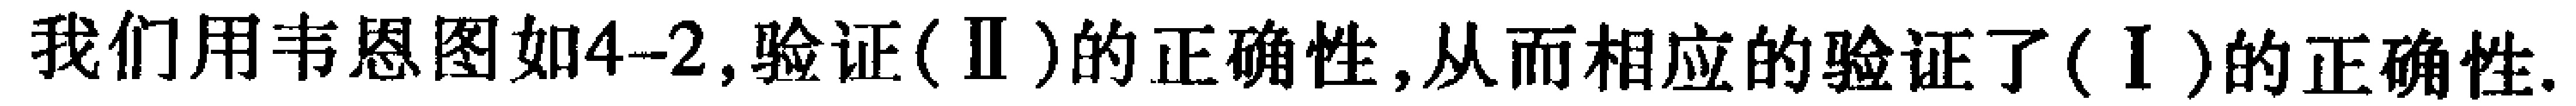
我们用韦恩图如4-2,验证(Ⅱ)的正确性,从而相应的验证了(Ⅰ)的正确性.